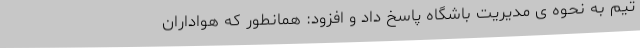
تیم به نحوه ی مدیریت باشگاه پاسخ داد و افزود: همانطور که هواداران